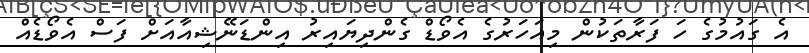
އެ ގައުމުގެ ހަ ފަރާތަކުން މިއަހަރުގެ އެވޯޑް ގެންދިޔައިރު އިންޑަނޭޝިއާއަށް ފަސް އެވޯޑެއް